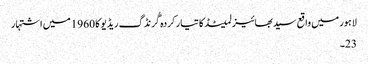
لاہور میں واقع سید بھائیز لمیٹڈ کا تیار کردہ گُرنڈگ ریڈیو کا 1960 میں اشتہار
23۔